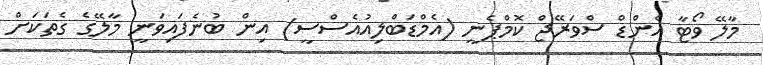
މާލޭ ވޯޓާ އެންޑް ސްވަރޭޖް ކޮމްޕެނީ (އެމްޑަބްލިއުއެސްސީ) އިން ބުނެފައިވަނީ މާލޭގެ ގެތަކަށް